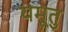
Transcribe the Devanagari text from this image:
यमूतु